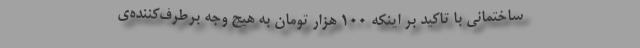
ساختمانی با تاکید بر اینکه ۱۰۰ هزار تومان به هیچ وجه برطرف‌کننده‌ی